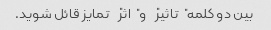
بین دو کلمه "تاثیر" و "اثر" تمایز قائل شوید.